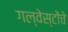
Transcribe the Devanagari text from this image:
गल्वेस्टोंचे